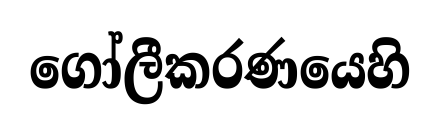
ගෝලීකරණයෙහි